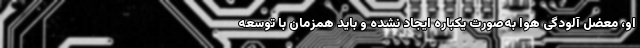
او، معضل آلودگی هوا به‌صورت یکباره ایجاد نشده و باید همزمان با توسعه